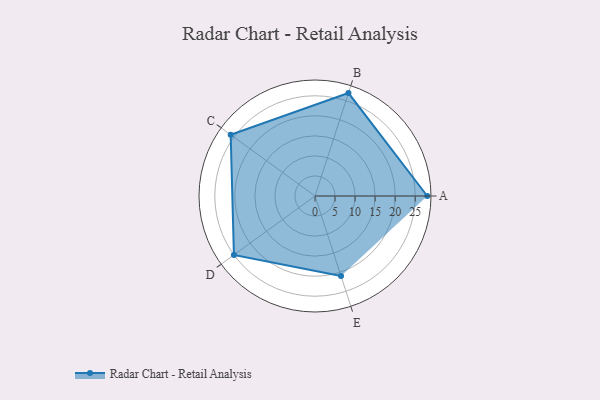
{"axis": {"x": "Skill", "y": "Score"}, "legend": ["Profile"], "data": [{"x": "A", "y": 28.0, "type": "Profile"}, {"x": "B", "y": 27.0, "type": "Profile"}, {"x": "C", "y": 26.0, "type": "Profile"}, {"x": "D", "y": 25.0, "type": "Profile"}, {"x": "E", "y": 21.0, "type": "Profile"}]}